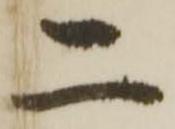
二